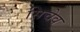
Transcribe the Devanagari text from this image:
सिचेव